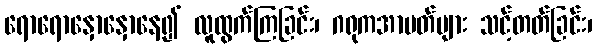
ရောရောနှောနှောနေ၍ လူထွက်ကြခြင်း၊ ဂရုကအာပတ်များ သင့်တတ်ခြင်း၊